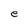
Character: e